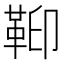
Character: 𩊕